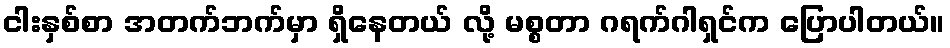
ငါးနှစ်စာ အတက်ဘက်မှာ ရှိနေတယ် လို့ မစ္စတာ ဂရက်ဂါရှင်က ပြောပါတယ်။